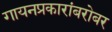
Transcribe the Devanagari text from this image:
गायनप्रकारांबरोबर